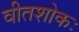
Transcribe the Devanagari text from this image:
वीतशोकः